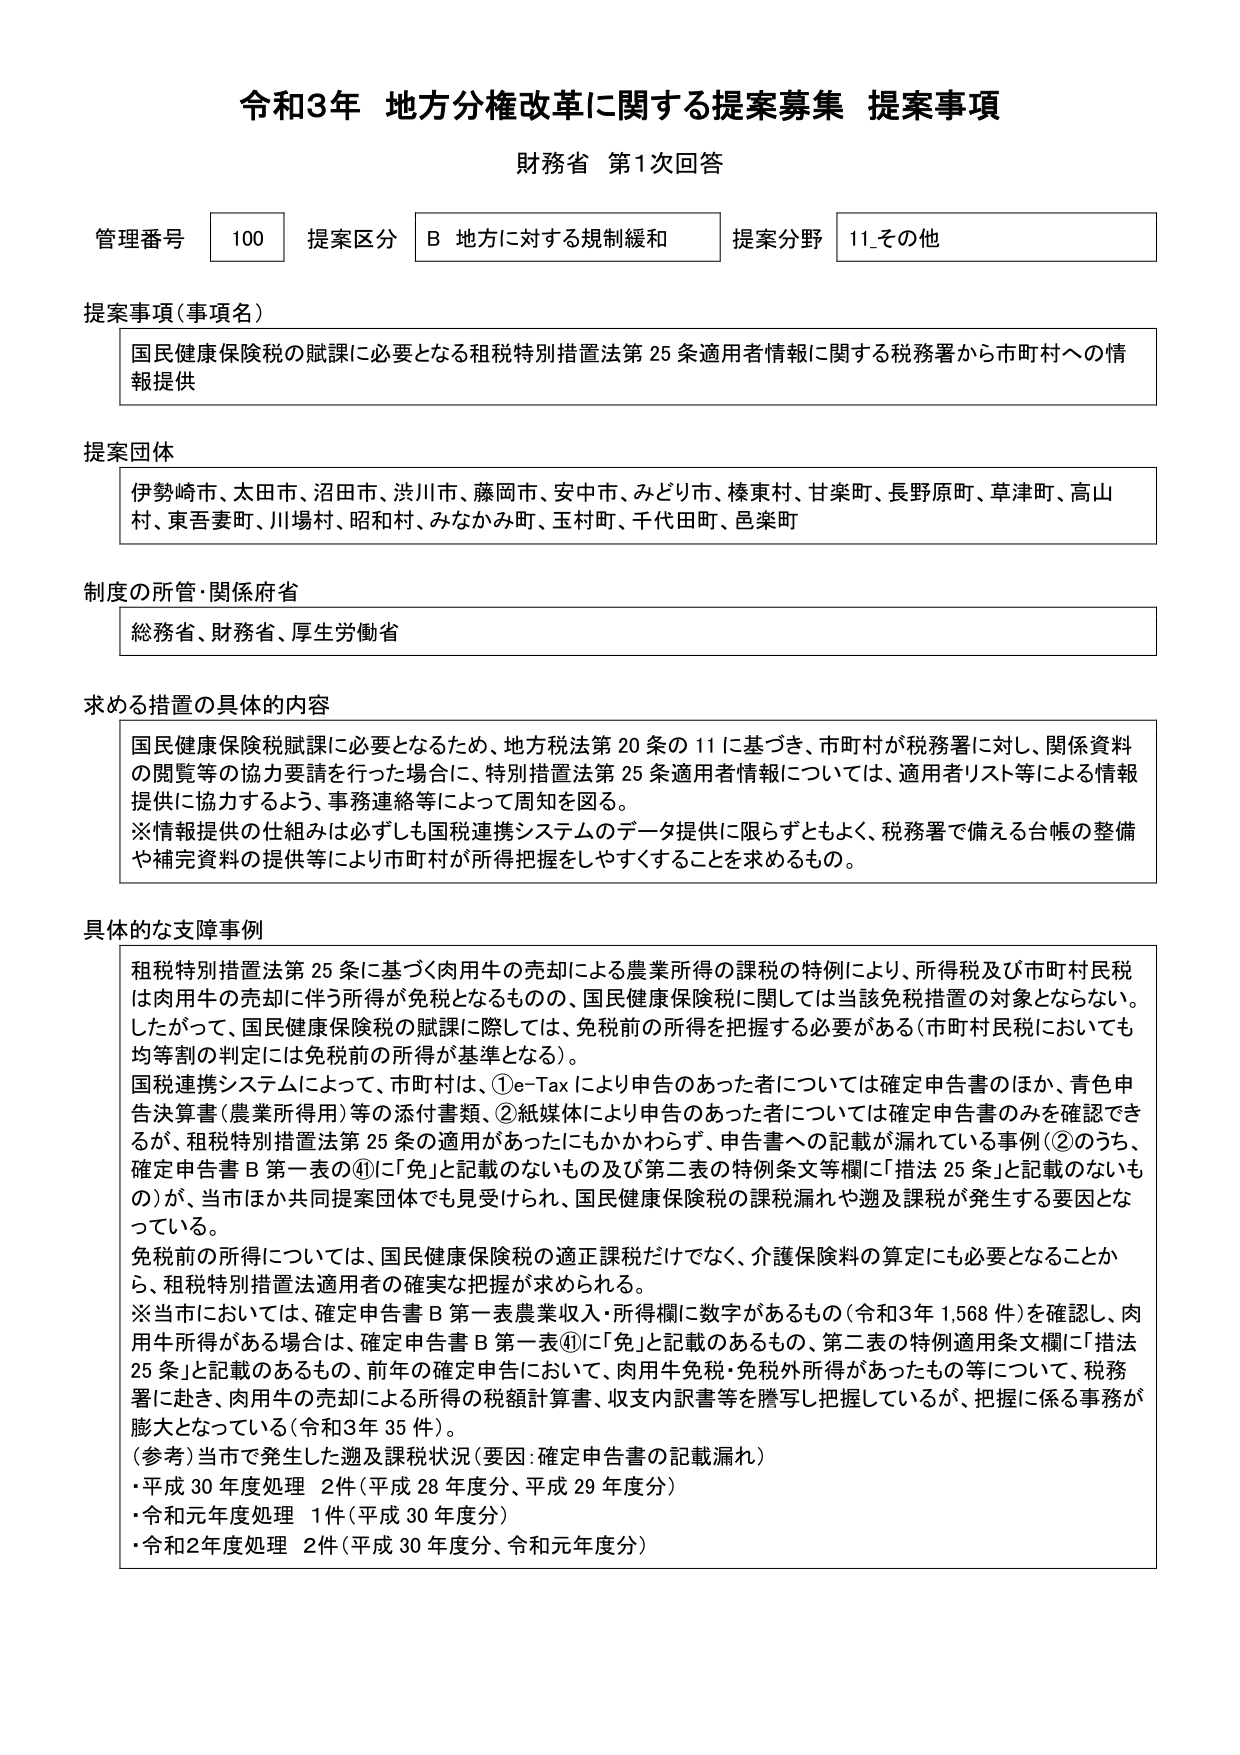
令和3年 地方分権改革に関する提案募集 提案事項
財務省 第1次回答

管理番号 100 提案区分 B 地方に対する規制緩和 提案分野 11_その他

提案事項（事項名）
国民健康保険税の賦課に必要となる租税特別措置法第25条適用者情報に関する税務署から市町村への情報提供

提案団体
伊勢崎市、太田市、沼田市、渋川市、藤岡市、安中市、みどり市、榛東村、甘楽町、長野原町、草津町、高山村、東吾妻町、川場村、昭和村、みなかみ町、玉村町、千代田町、邑楽町

制度の所管・関係府省
総務省、財務省、厚生労働省

求める措置の具体的内容
国民健康保険税賦課に必要となるため、地方税法第20条の11に基づき、市町村が税務署に対し、関係資料の閲覧等の協力要請を行った場合に、特別措置法第25条適用者情報については、適用者リスト等による情報提供に協力するよう、事務連絡等によって周知を図る。
※情報提供の仕組みは必ずしも国税連携システムのデータ提供に限らずともよく、税務署で備える台帳の整備や補完資料の提供等により市町村が所得把握をしやすくすることを求めるもの。

具体的な支障事例
租税特別措置法第25条に基づく肉用牛の売却による農業所得の課税の特例により、所得税及び市町村民税は肉用牛の売却に伴う所得が免税となるものの、国民健康保険税に関しては当該免税措置の対象とならない。したがって、国民健康保険税の賦課に際しては、免税前の所得を把握する必要がある（市町村民税においても均等割の判定には免税前の所得が基準となる）。
国税連携システムによって、市町村は、①e-Taxにより申告のあった者については確定申告書のほか、青色申告決算書（農業所得用）等の添付書類、②紙媒体により申告のあった者については確定申告書のみを確認できるが、租税特別措置法第25条の適用があつたにもかかわらず、申告書への記載が漏れている事例（②のうち、確定申告書B第一表の④に「免」と記載のないもの及び第二表の特例条文等欄に「措法25条」と記載のないもの）が、当市ほか共同提案団体でも見受けられ、国民健康保険税の課税漏れや遡及課税が発生する要因となっている。
免税前の所得については、国民健康保険税の適正課税だけでなく、介護保険料の算定にも必要となることから、租税特別措置法適用者の確実な把握が求められる。
※当市においては、確定申告書B第一表農業収入・所得欄に数字があるもの（令和3年1,568件）を確認し、肉用牛所得がある場合は、確定申告書B第一表④に「免」と記載のあるもの、第二表の特例適用条文欄に「措法25条」と記載のあるもの、前年の確定申告において、肉用牛免税・免税外所得があったもの等について、税務署に赴き、肉用牛の売却による所得の税額計算書、収支内訳書等を謄写し把握しているが、把握に係る事務が膨大となっている（令和3年35件）。
（参考）当市で発生した遡及課税状況（要因：確定申告書の記載漏れ）
・平成30年度処理 2件（平成28年度分、平成29年度分）
・令和元年度処理 1件（平成30年度分）
・令和2年度処理 2件（平成30年度分、令和元年度分）